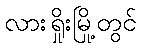
လားရှိုးမြို့တွင်